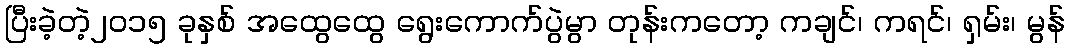
ပြီးခဲ့တဲ့၂၀၁၅ ခုနှစ် အထွေထွေ ရွေးကောက်ပွဲမွာ တုန်းကတော့ ကချင်၊ ကရင်၊ ရှမ်း၊ မွန်